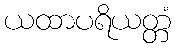
ယထာပရိယတ္တံ